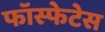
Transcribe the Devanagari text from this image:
फॉस्फेटेस